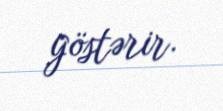
göstərir.